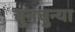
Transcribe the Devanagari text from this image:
चुनचुन्या